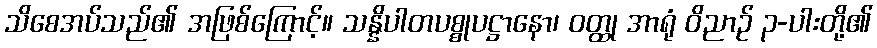
သိစေအပ်သည်၏ အဖြစ်ကြောင့်။ သန္နိပါတပစ္စုပဋ္ဌာနော၊ ဝတ္ထု အာရုံ ဝိညာဉ် ၃-ပါးတို့၏